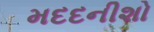
મદદનીશો